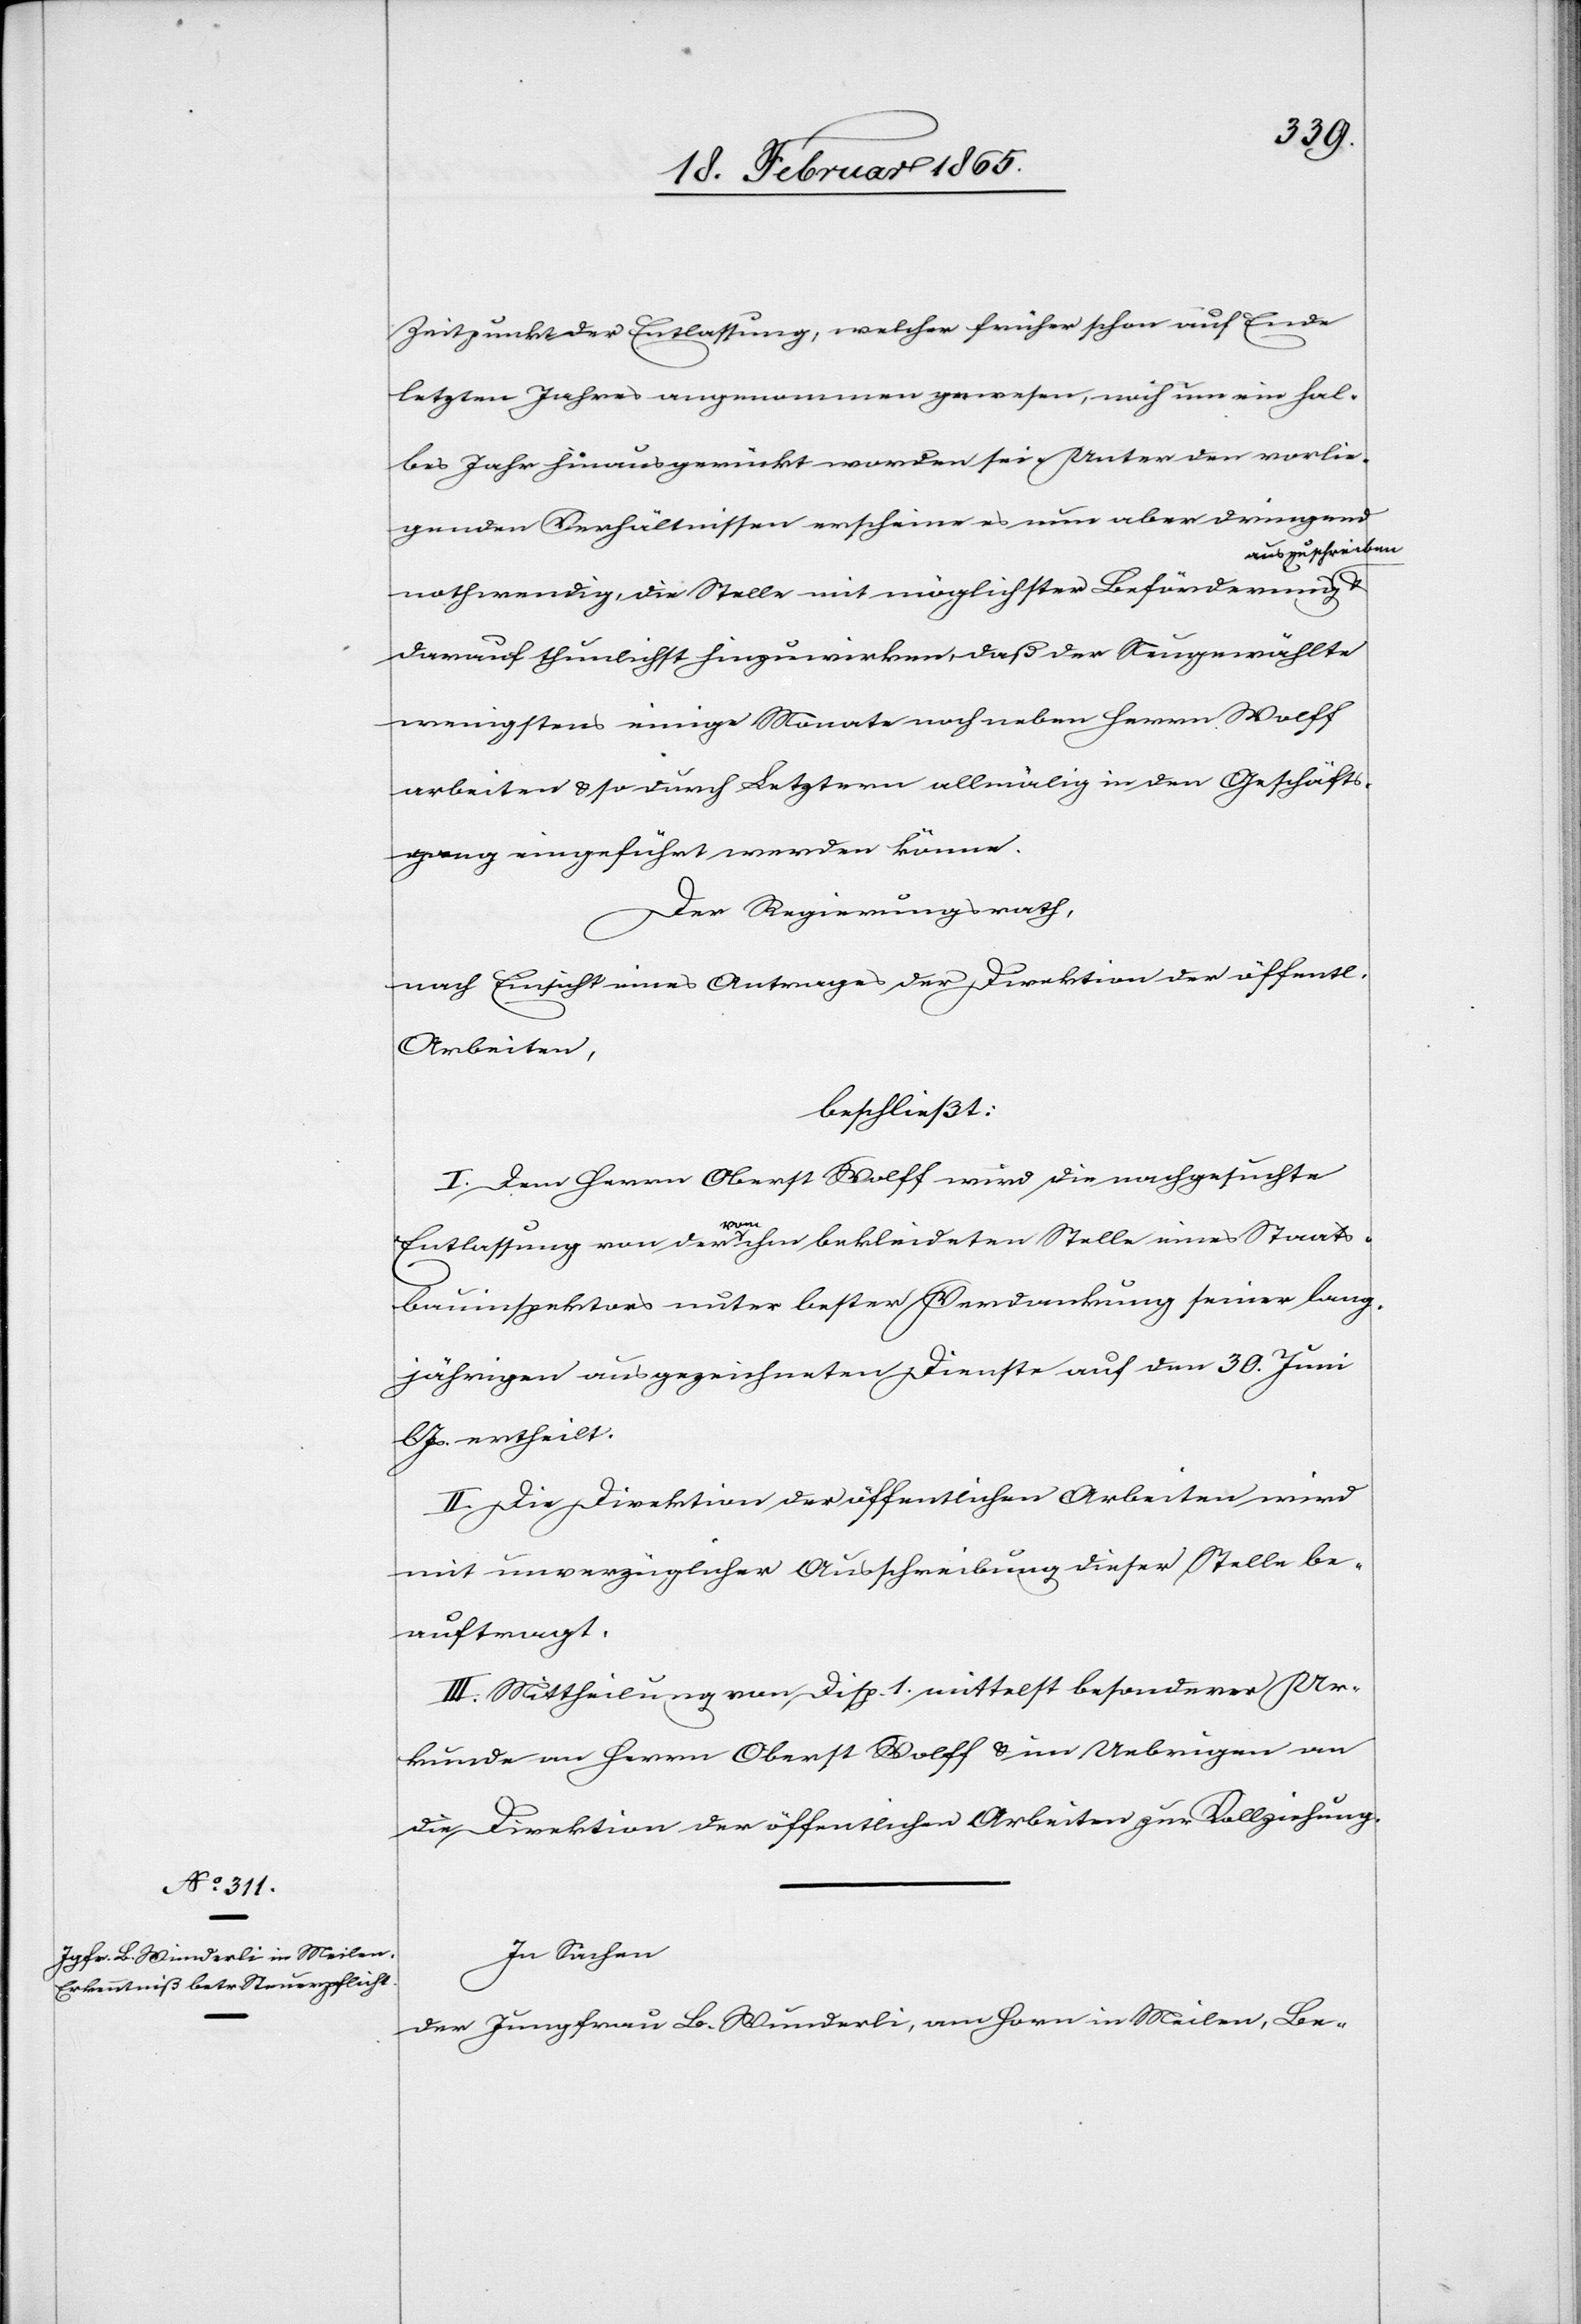
Zeitpunkt der Entlassung, welcher früher schon auf Ende
letzten Jahres angenommen gewesen, noch um ein hal¬
bes Jahr hinausgerückt worden sei. Unter den vorlie¬
genden Verhältnissen erscheine es nun aber dringend
auszuschreiben
nothwendig, die Stelle mit möglichster Beförderung
darauf thunlichst hinzuwirken, daß der Neugewählte
wenigstens einige Monate noch neben Herrn Wolff
arbeiten u. so durch Letztern allmälig in den Geschäfts¬
gang eingeführt werden könne.
Der Regierungsrath,
nach Einsicht eines Antrages der Direktion der öffentl.
Arbeiten,
beschließt:
I. Dem Herrn Oberst Wolff wird die nachgesuchte
Entlassung von der vom ihm bekleideten Stelle eines Staats¬
bauinspektors unter bester Verdankung seiner lang¬
jährigen ausgezeichneten Dienste auf dem 30. Juni
Js. ertheilt.
II. Die Direktion der öffentlichen Arbeiten wird
mit unverzüglicher Ausschreibung dieser Stelle be¬
auftragt.
III. Mittheilung von Disp. 1 mittelst besonderer Ur¬
kunde an Herrn Oberst Wolff u. im Uebrigen an
die Direktion der öffentlichen Arbeiten zur Vollziehung.
In Sachen
der Jungfrau B. Wunderli, am Horn in Meilen, Be-